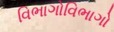
વિભાગોવિભાગો